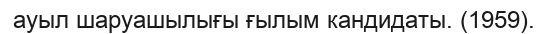
ауыл шаруашылығы ғылым кандидаты. (1959).